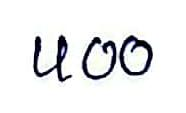
400